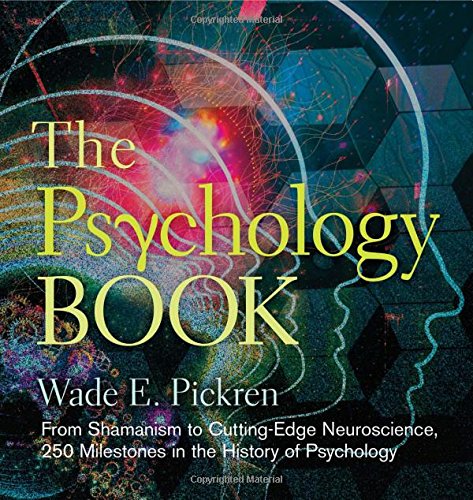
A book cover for The Psychology Book: From Shamanism to Cutting-Edge Neuroscience, 250 Milestones in the History of Psychology (Sterling Milestones); Wade E. Pickren; Medical Books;